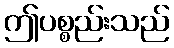
ဤပစ္စည်းသည်